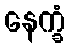
နေက္ခံ